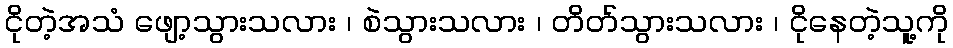
ငိုတဲ့အသံ ဖျော့သွားသလား ၊ စဲသွားသလား ၊ တိတ်သွားသလား ၊ ငိုနေတဲ့သူ့ကို